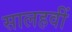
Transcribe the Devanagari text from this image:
सालहवीं